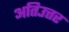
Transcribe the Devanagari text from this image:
अतिउत्तर